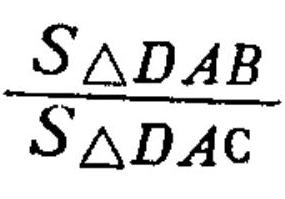
\(\frac{S_{\triangle DAB}}{S_{\triangle DAC}}\)